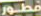
مطور